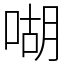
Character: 㗅